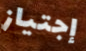
إجتياز